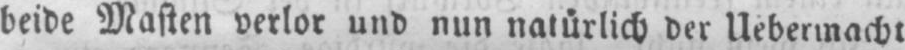
beide Masten verlor und nun natürlich der Uebermacht